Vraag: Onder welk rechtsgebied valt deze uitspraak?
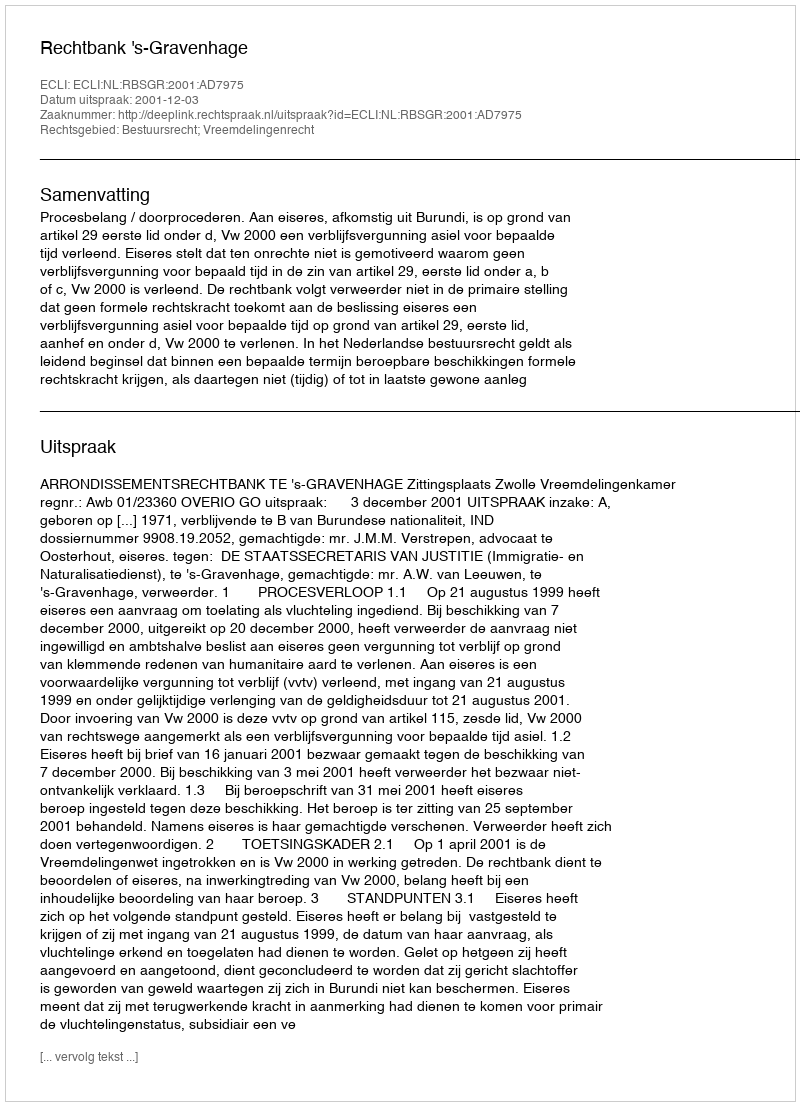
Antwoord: Bestuursrecht; Vreemdelingenrecht